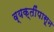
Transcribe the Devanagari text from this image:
व्यक्तींपासून